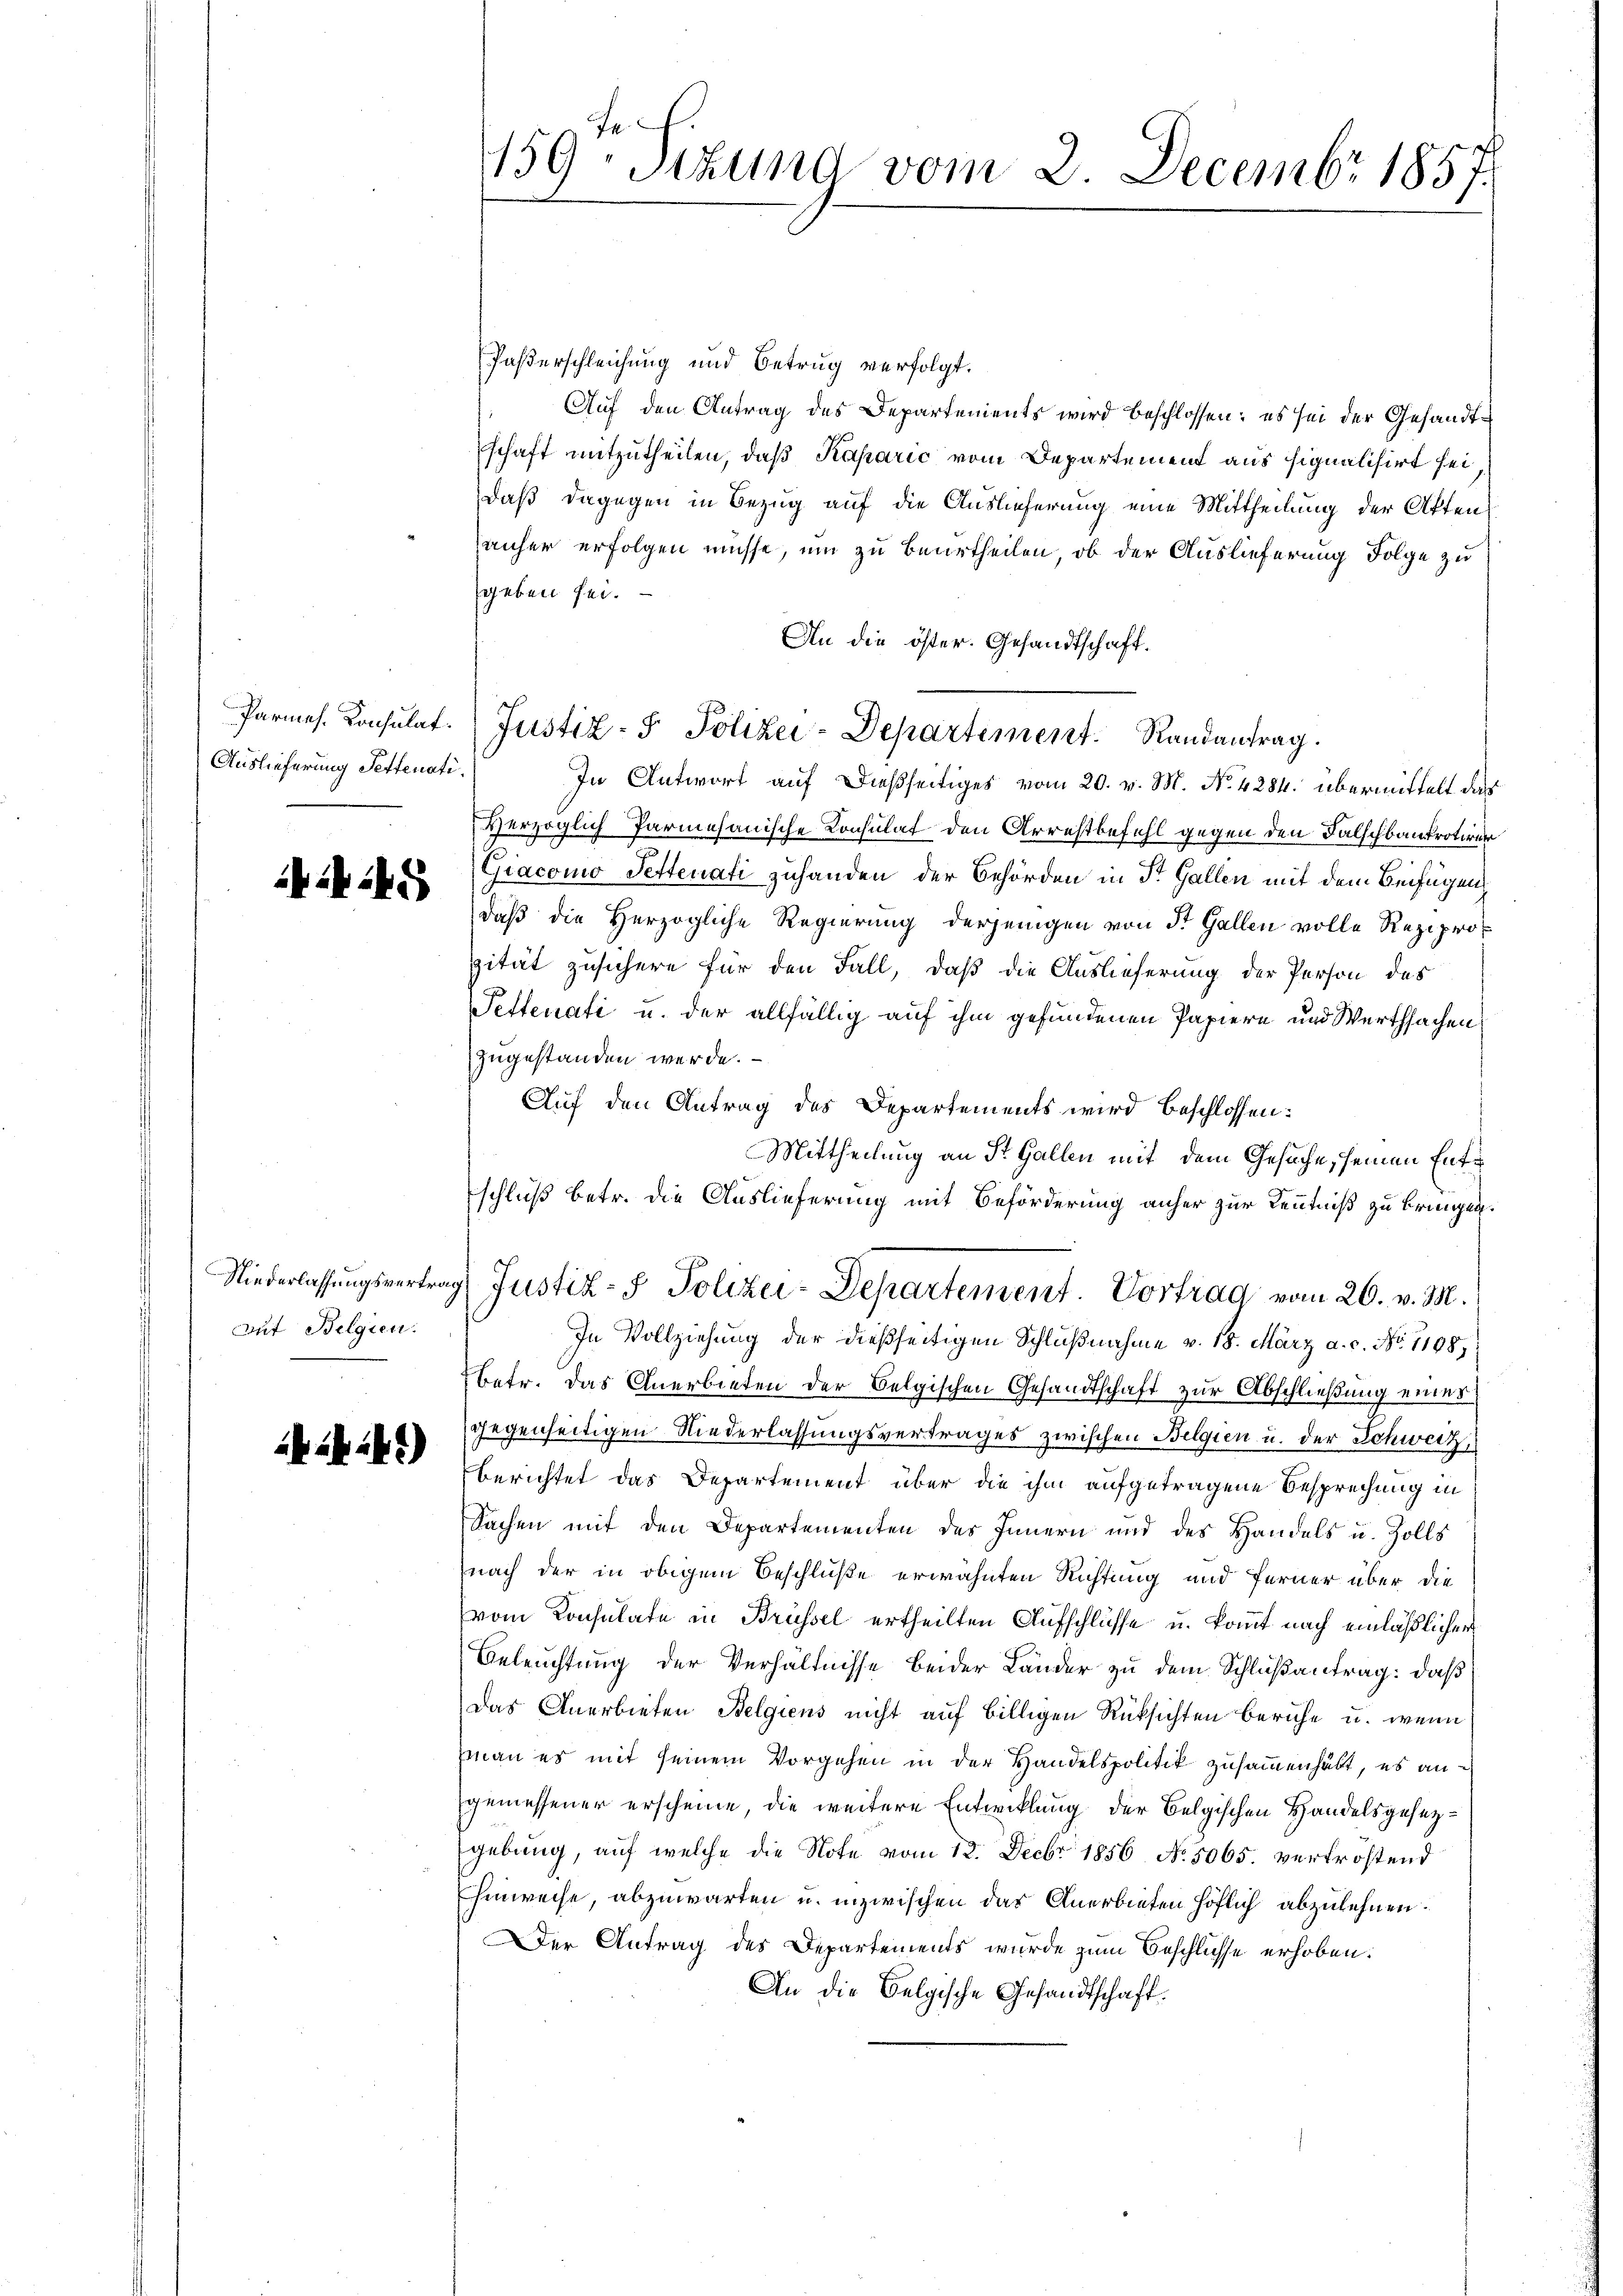
Parmes. Konsulat
Auslieferung Fettenati.

i45

Niederlassungsvertrag
Aut Belgien.

424.)

fe
159. Sekund vom 2. Decembr 1857

Paßerschleichung und Betrug verfolgt.
Auf den Antrag des Departements wird beschlossen; es sei der Gesandtschaft mitzutheilen, daß Kaparić vom Departement aus signalisirt sei,
daß dagegen in Bezug auf die Auslieferung eine Mittheilung der Atten
anher erfolgen müsse, um zu beurtheilen, ob der Auslieferung Folge zu
geben sei.
An die öster. Gesandtschaft.
In Antwort auf dießseitiges vom 20. v. M. No. 4284. übermittelt das
Herzoglich Parmesanische Konsulat den Arrestbefehl gegen den Falschbaurotion
Giacomo Pettenati zuhanden der Behörden in St. Gallen mit dem Beifügen
daß die Herzogliche Regierung derjenigen von St. Gallen volle Rezipropität zusichere für den Fall, daß die Auslieferung der Person des
Pettenati u. der allfällig auf ihm gefundenen Papiere und Werthsachen,
zugestanden werde.
Auf den Antrag des Departements wird beschlossen:
Mittheilung an St. Gallen mit dem Gesuche, seinen Enter
schluß betr. die Auslieferung mit Beförderung anher zur Kenntniß zu bringen
4 Justiz- & Polizei-Departement. Vortrag vom 26. v. M.
In Vollziehung der dießseitigen Schlußnahme v. 18. März a. c. No. 11987.
Betr. das Anerbieten der Belgischen Gesandtschaft zur Abschließung eines
gegenseitigen Niederlassungsvertrages zwischen Belgien u. der Schweiz,
berichtet das Departement über die ihm aufgetragene Besprechung in
Sachen mit den Departementen des Innern und des Handels u. Zolls
nach der in obigem Beschlüße erwähnten Richtung und ferner über die
vom Konsulate in Brüssel ertheilten Aufschlüsse u. kommt nach einläßlicher
Beleuchtung der Verhältnisse beider Länder zu dem Schlußantrag: daß
Das Anerbieten Belgiens nicht auf billigen Rüksichten beruhe u. wenn
man es mit seinem Vorgehen in der Handelspolitik zusammenhabt, es angemessener erscheine, die weitere Entwicklung der Belgischen Handelsgesezgebung, auf welche die Note vom 12. Decbr 1856 No. 5065. vertröstend
Hinweise, abzuwarten u. inzwischen das Anerbieten höflich abzulehnen.
Der Antrag des Departements wurde zum Beschlüsse erhoben.
An die Belgische Gesandtschaft.

Justiz- & Polizei-Departement Randantrag.